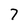
Character: 7